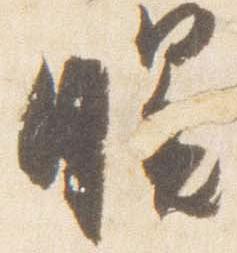
曙